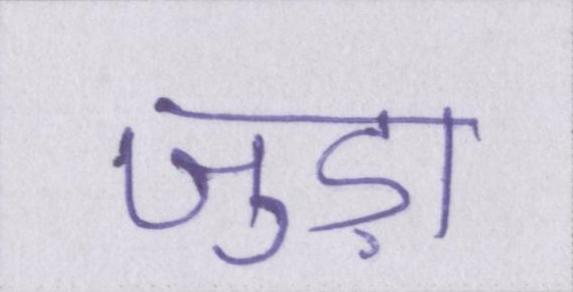
जुड़ा